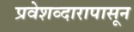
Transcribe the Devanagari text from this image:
प्रवेशव्दारापासून